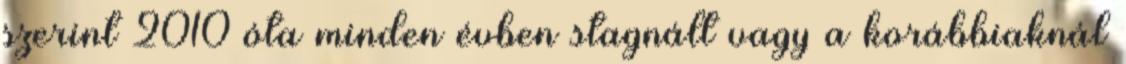
szerint 2010 óta minden évben stagnált vagy a korábbiaknál